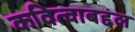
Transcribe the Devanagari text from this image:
कवित्वाबद्दल